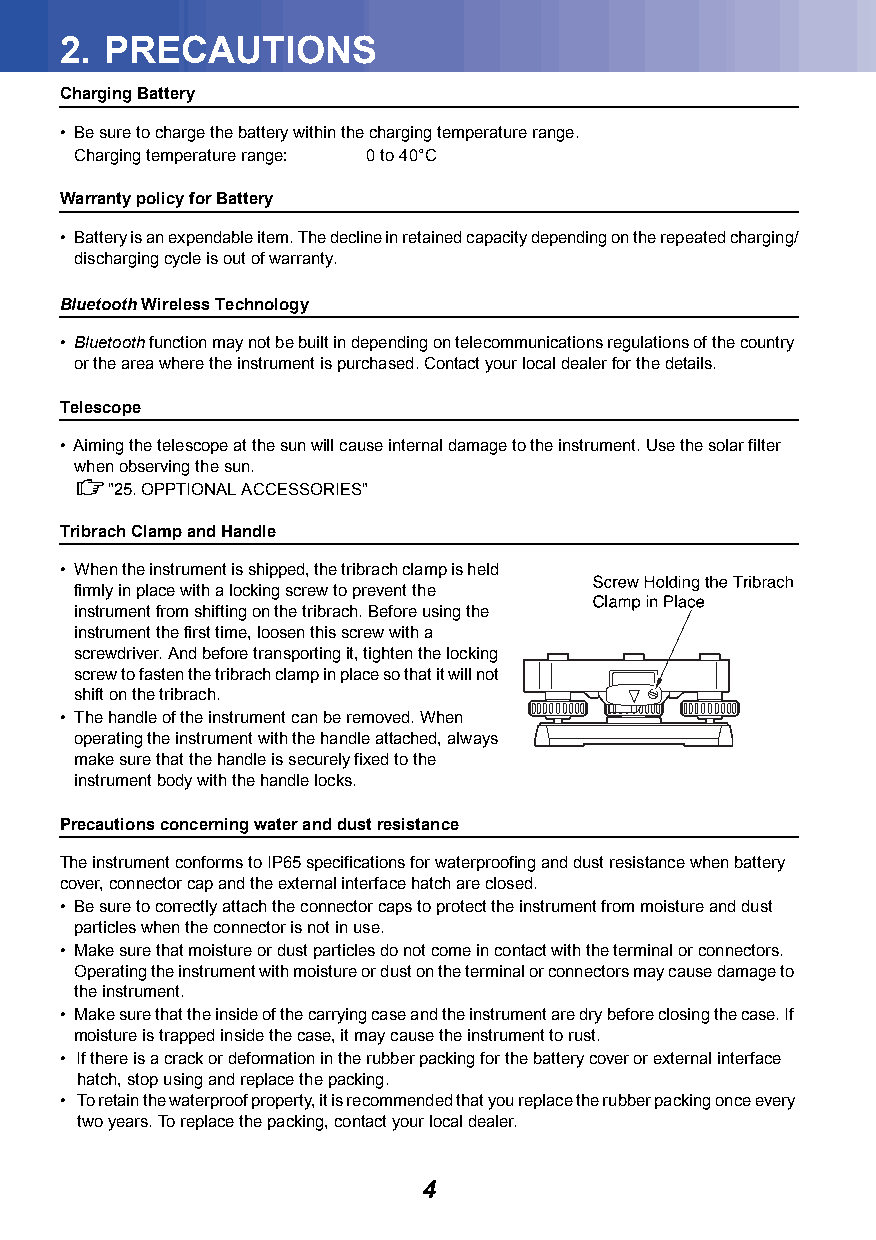
2. PRECAUTIONS
 Charging Battery
 • Be sure to charge the battery within the charging temperature range.
 Charging temperature range: 0 to 40°C
 Warranty policy for Battery
 • Battery is an expendable item. The decline in retained capacity depending on the repeated charging/
 discharging cycle is out of warranty.
 Bluetooth Wireless Technology
 • Bluetooth function may not be built in depending on telecommunications regulations of the country
 or the area where the instrument is purchased. Contact your local dealer for the details.
 Telescope
 • Aiming the telescope at the sun will cause internal damage to the instrument. Use the solar filter
 when observing the sun.
 "25.OPPTIONAL ACCESSORIES"
 Tribrach Clamp and Handle
 • When the instrument is shipped, the tribrach clamp is held
 firmly in place with a locking screw to prevent the
 instrument from shifting on the tribrach. Before using the
 instrument the first time, loosen this screw with a
 screwdriver. And before transporting it, tighten the locking
 screw to fasten the tribrach clamp in place so that it will not
 shift on the tribrach.
 • The handle of the instrument can be removed. When
 operating the instrument with the handle attached, always
 make sure that the handle is securely fixed to the
 instrument body with the handle locks.
 Precautions concerning water and dust resistance
 The instrument conforms to IP65 specifications for waterproofing and dust resistance when battery
 cover, connector cap and the external interface hatch are closed.
 • Be sure to correctly attach the connector caps to protect the instrument from moisture and dust
 particles when the connector is not in use.
 • Make sure that moisture or dust particles do not come in contact with the terminal or connectors.
 Operating the instrument with moisture or dust on the terminal or connectors may cause damage to
 the instrument.
 • Make sure that the inside of the carrying case and the instrument are dry before closing the case. If
 moisture is trapped inside the case, it may cause the instrument to rust.
 • If there is a crack or deformation in the rubber packing for the battery cover or external interface
 hatch, stop using and replace the packing.
 • To retain the waterproof property, it is recommended that you replace the rubber packing once every
 two years. To replace the packing, contact your local dealer.
 4